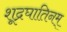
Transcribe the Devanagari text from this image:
शूद्रघातिनम्